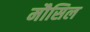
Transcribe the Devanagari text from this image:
मौसिल